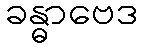
ခန္ဓာဗေဒ